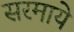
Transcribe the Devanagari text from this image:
सरमाये